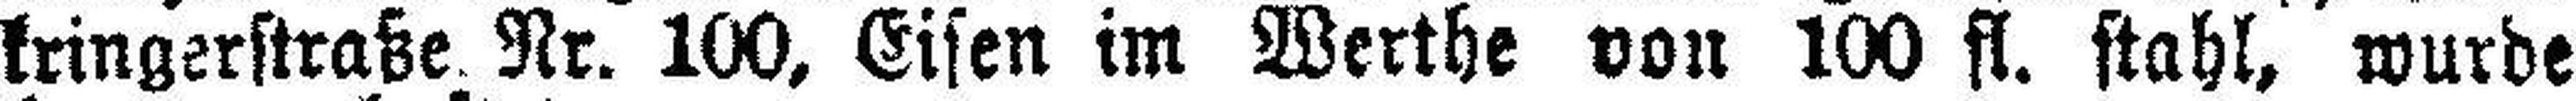
kringerstraße Nr. 100, Eisen im Werthe von 100 fl. stahl, wurde